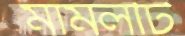
মামলটি